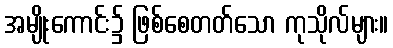
အမျိုးကောင်း၌ ဖြစ်စေတတ်သော ကုသိုလ်များ။